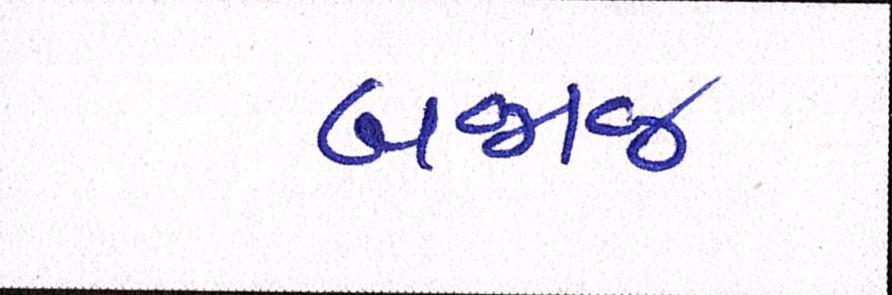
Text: બજાજ